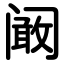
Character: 阚